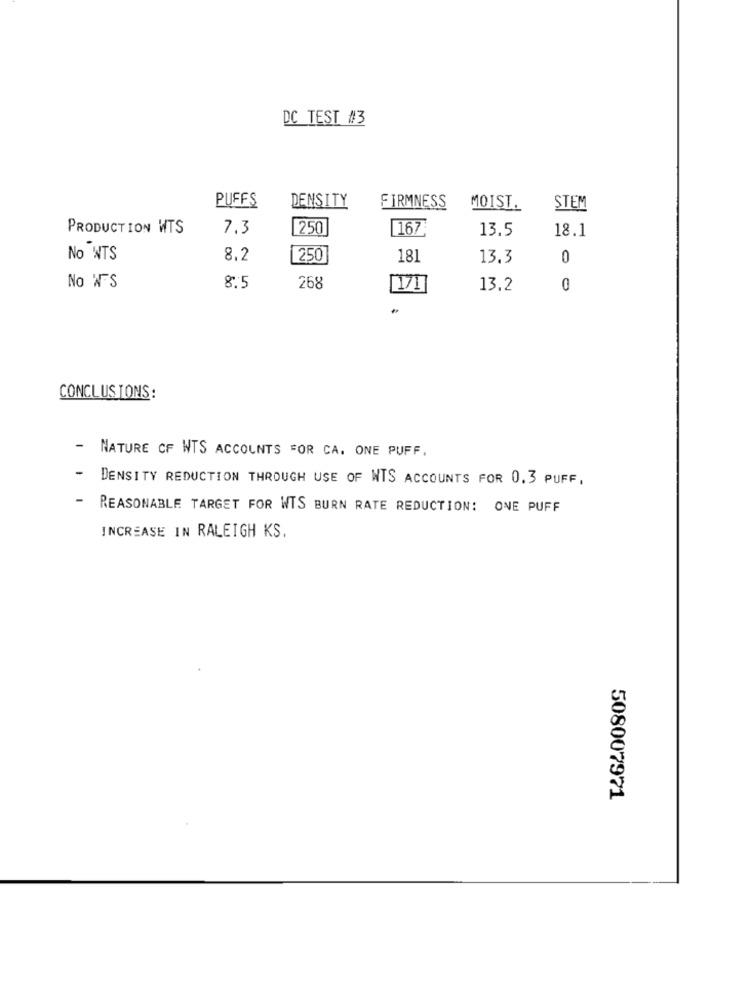
DC TEST #3
PUFFS
DENSITY
FIRMNESS
MOIST.
STEM
PRODUCTION WTS
7.3
250
167
13.5
18.1
No WTS
8.2
250
181
13.3
0
No WFS
8.5
268
171
13.2
0
CONCLUSIONS:
-
NATURE CF WTS ACCOUNTS FOR CA. ONE PUFF,
DENSITY REDUCTION THROUGH USE OF NTS ACCOUNTS FOR 0.3 PUFF,
-
REASONABLE TARGET FOR WTS BURN RATE REDUCTION: ONE PUFF
INCREASE IN RALEIGH KS.
508007971